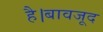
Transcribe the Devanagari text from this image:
है।बावजूद